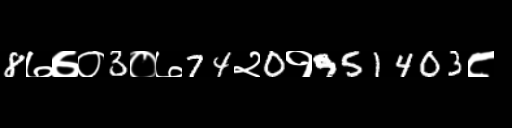
Text: 8७७०3०७74२0१951403८